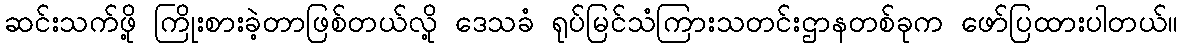
ဆင်းသက်ဖို့ ကြိုးစားခဲ့တာဖြစ်တယ်လို့ ဒေသခံ ရုပ်မြင်သံကြားသတင်းဌာနတစ်ခုက ဖော်ပြထားပါတယ်။